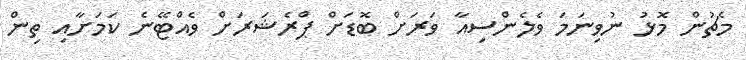
މެޗުން މޮޅު ނުވިނަމަ ވެލެންސިއާ ވަރަށް ބޮޑަށް ޕްރެޝަރަށް ވެއްޓޭނެ ކަމަށާއި ތިން